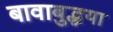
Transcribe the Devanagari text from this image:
बावाबुद्धया